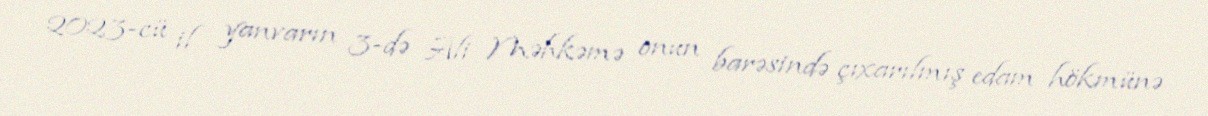
2023-cü il yanvarın 3-də Ali Məhkəmə onun barəsində çıxarılmış edam hökmünə